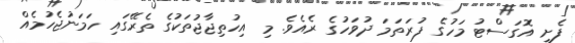
ފެށީ އޮގަސްޓު މަހުގެ ފުރަތަމަ ދުވަހުގެ ރެއެވެ. މި އިހުތިޖާޖުތަކުގެ ތެރޭގައި ހަމަނުޖެހުމެއް